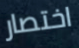
اختصار